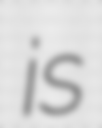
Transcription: is